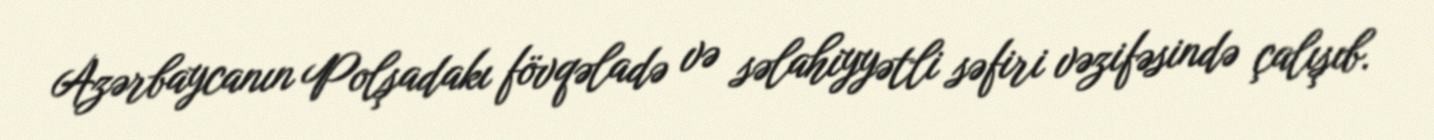
Azərbaycanın Polşadakı fövqəladə və səlahiyyətli səfiri vəzifəsində çalışıb.